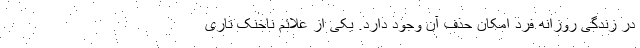
در زندگی روزانه فرد امکان حذف آن وجود دارد. یکی از علائم ناخنک تاری